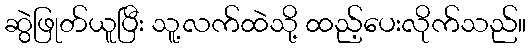
ဆွဲဖြုတ်ယူပြီး သူ့လက်ထဲသို့ ထည့်ပေးလိုက်သည်။